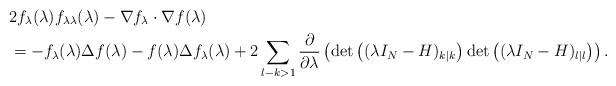
LaTeX: \begin{align*}&2f_{\lambda}(\lambda)f_{\lambda\lambda}(\lambda)-\nabla f_{\lambda} \cdot \nabla f(\lambda)\\&=-f_{\lambda}(\lambda)\Delta f(\lambda)-f(\lambda)\Delta f_{\lambda}(\lambda)+2\sum_{\l-k>1}\dfrac{\partial}{\partial \lambda}\left(\det\left((\lambda I_N-H)_{k|k}\right)\det\left((\lambda I_N-H)_{\l|\l}\right)\right).\end{align*}